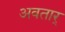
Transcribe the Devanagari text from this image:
अवतार्